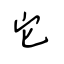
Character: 它